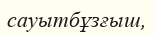
сауытбұзғыш,